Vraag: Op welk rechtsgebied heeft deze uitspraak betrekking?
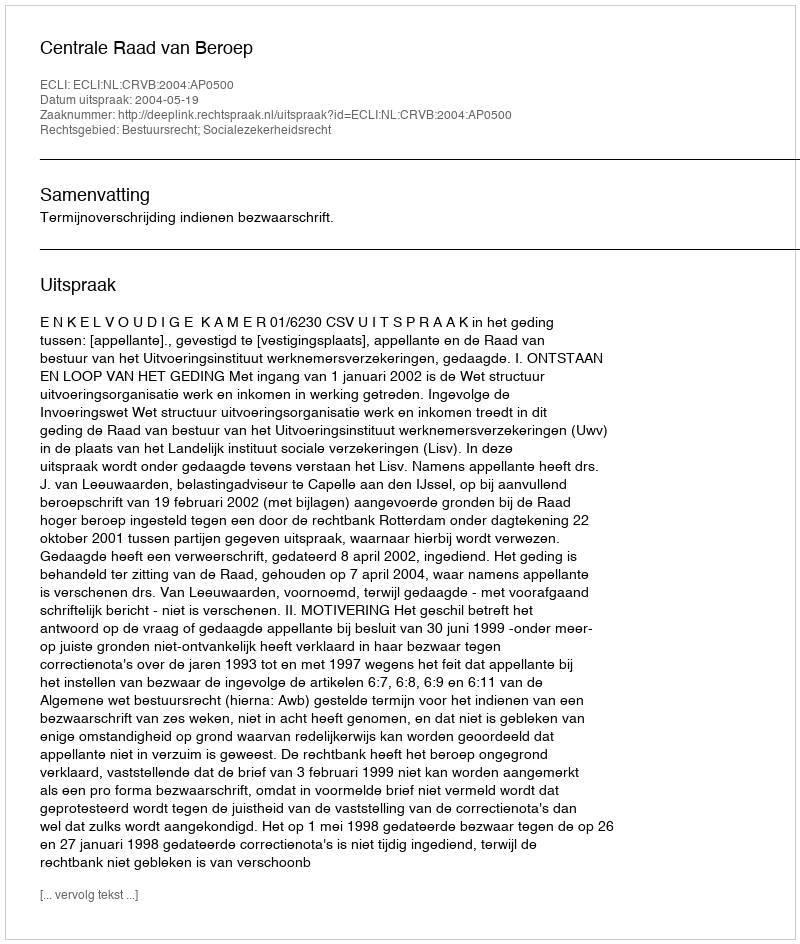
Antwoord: Bestuursrecht; Socialezekerheidsrecht